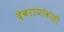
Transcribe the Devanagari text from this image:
देवरायांवरही